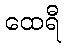
ထေရီ